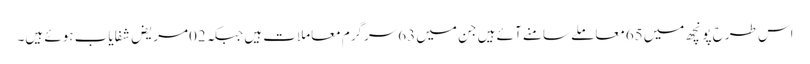
اس طرح پونچھ میں65معاملے سامنے آئے ہیں جن میں 63سرگرم معاملات ہیں جبکہ02مریض شفایاب ہوئے ہیں۔